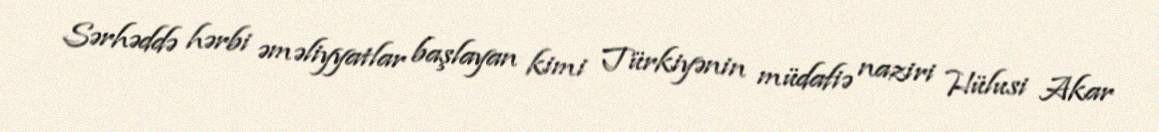
Sərhəddə hərbi əməliyyatlar başlayan kimi Türkiyənin müdafiə naziri Hülusi Akar